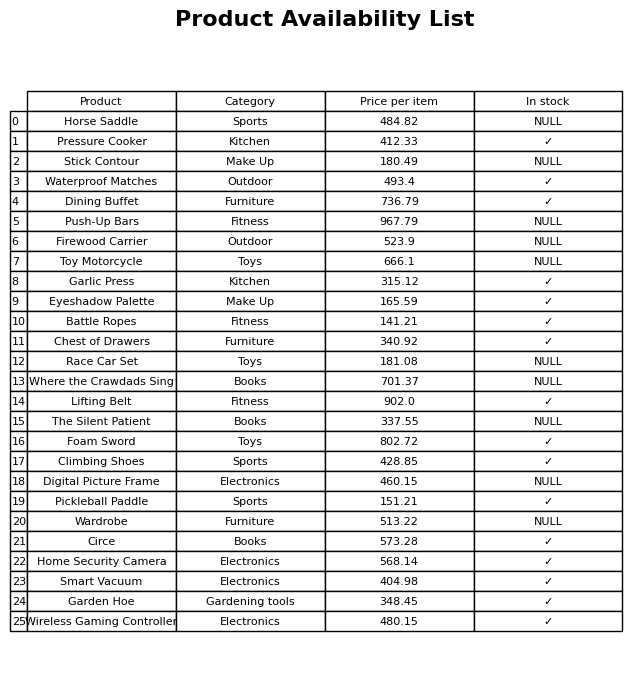
question: What is the price of the Battle Ropes?
answer: The price of Battle Ropes is 141.21.